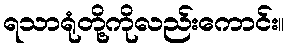
ရသာရုံတို့ကိုလည်းကောင်း။